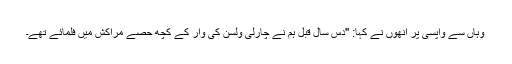
وہاں سے واپسی پر انھوں نے کہا: ''دس سال قبل ہم نے چارلی ولسن کی وار کے کچھ حصے مراکش میں فلمائے تھے۔